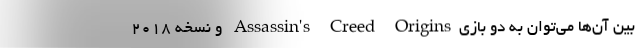
بین آن‌ها می‌توان به دو بازیAssassin's Creed Origins و نسخه 2018